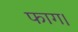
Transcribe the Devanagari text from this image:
फाग।